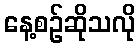
နေ့စဉ်ဆိုသလို